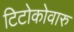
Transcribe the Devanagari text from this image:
टिटोकोवारु